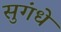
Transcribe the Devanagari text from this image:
सुगंधे